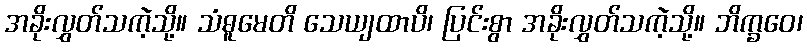
အခိုးလွှတ်သကဲ့သို့။ သံဓူမေတိ သေယျထာပိ၊ ပြင်းစွာ အခိုးလွှတ်သကဲ့သို့။ ဘိက္ခဝေ၊